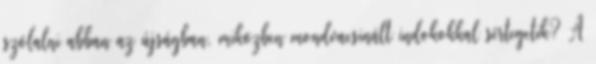
szólalni abban az újságban, miközben mondvacsinált indokokkal sértegetik? A